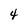
Character: 4